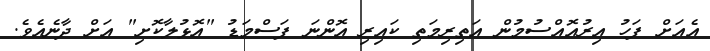
އެއަށް ފަހު އިރުއޮއްސުމުން އަތިރިމަތި ކައިރި އޮންނަ ފަސްމަޑު "އޮޅުލާކޮށި" އަށް ދާނެއެވެ.